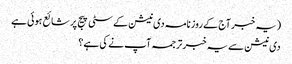
(یہ خبر آج کے روزنامہ دی نیشن کے سٹی پیج پر شائع ہوئی ہے
دی نیشن سے یہ خبر ترجمہ آپ نے کی ہے؟